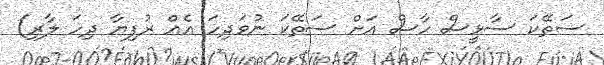
ސަތޭކަ ސާޅީސް ހާސް އަށް ސަތޭކަ ނުވަދިހަ އެއް ރުފިޔާ ދިހަ ލާރި)